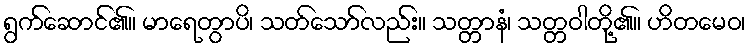
ရွက်ဆောင်၏။ မာရေတွာပိ၊ သတ်သော်လည်း။ သတ္တာနံ၊ သတ္တဝါတို့၏။ ဟိတမေဝ၊